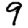
Digit: 9